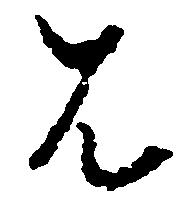
は